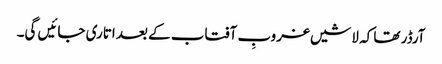
آرڈر تھا کہ لاشیں غروبِ آفتاب کے بعد اتاری جائیں گی۔